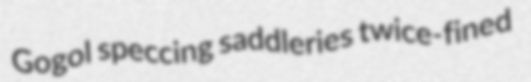
Gogol speccing saddleries twice-fined